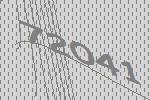
72041